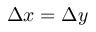
\Delta x = \Delta y